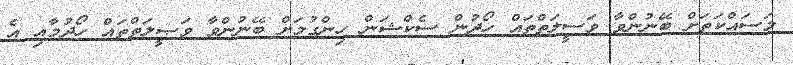
މަސައްކަތަށް ބޭނުންވާ ވަސީލަތްތައް ހޯދުން ސެކްޝަން ހިންގުމަށް ބޭނުންވާ ވަޞީލަތްތައް ހޯދުމާއި އެ